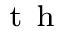
^ { \mathrm { ~ t ~ h ~ } }